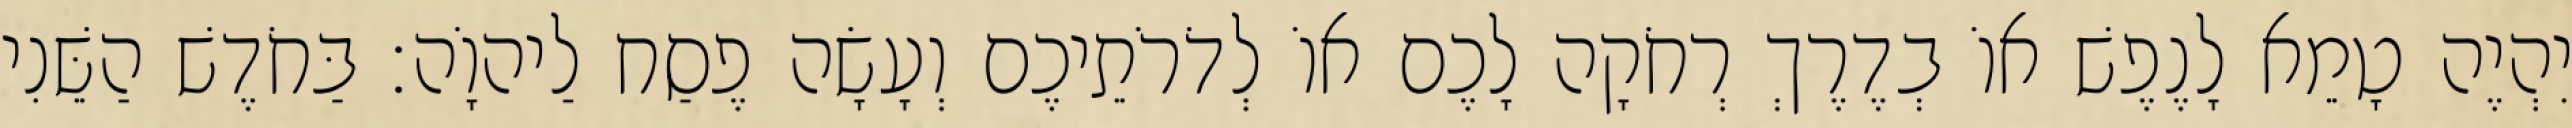
יִהְיֶה טָמֵא לָנֶפֶשׁ אוֹ בְדֶרֶךְ רְחֹקָה לָכֶם אוֹ לְדֹרֹתֵיכֶם וְעָשָׂה פֶסַח לַיהוָֹה׃ בַּחֹדֶשׁ הַשֵּׁנִי